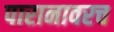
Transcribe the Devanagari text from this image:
पारानावरच